system: You are a helpful assistant.
user:
Analyze the provided spectrum to determine if it is a **M-type Giant (gM)**.

A M-type Giant spectrum is defined by its **strong molecular absorption** features, particularly from **Titanium Oxide (TiO)**. You must check for one of the following mutually exclusive signatures:

- **Key Visual Indicators (Absorption-Dominated Spectrum):**

    - **(Primary):** The spectrum is dominated by strong molecular absorption from **Titanium Oxide (TiO)**. This is the **defining feature** of its M-type temperature class.
        - **(Key Bandheads):** Look for sharp, "saw-tooth" absorption valleys. The strongest are located near **~7050 Å**, **~6160 Å**, and **~5170 Å**.
        - **(Line Profile):** The "saw-tooth" morphology is critical: a **sharp, steep drop on the BLUE (short-wavelength) side** of the bandhead, followed by a gradual recovery (rising flux) towards the RED (long-wavelength) side.

    - **(Key Confirmation - Giant vs. Dwarf):** **ABSENCE** of strong **Calcium Hydride (CaH)** molecular bands. This is the primary diagnostic for *excluding* M-dwarfs.
        - **(Key Region):** The spectrum should lack the strong, broad absorption band seen in dwarfs between **~6800 Å and ~7000 Å**.

    - **(Secondary Confirmation - Giant):** A very strong and broad **Neutral Calcium (Ca I)** atomic absorption line.
        - **(Key Line):** Located at **~4226 Å**. In a giant (gM), this line is significantly deeper and broader than the same line in an M-dwarf (dM) due to low surface gravity.

    - **(Overall Spectrum):**
        - The continuum is **extremely red-sloping** (i.e., flux is very low in the blue and rises dramatically towards the red).
        - The entire spectrum appears "chopped up" by the deep TiO bands.

Think first, call **spectral_visualization_tool** if needed to examine features in detail, then provide your final answer. Your response must adhere to the following strict rules:
1.  **Overall Structure:** Your response must follow the format `<think>...</think> <tool_call>...</tool_call> (if a tool is used) <answer>...</answer>`.
2.  **Tool Usage Constraint:** You may only make **one** tool call per turn.
3.  **Final Answer Format:** In the `<answer>` tag, your conclusion must be inside a `\boxed{}` command (e.g., `\boxed{YES}` or `\boxed{NO}`), followed by your justification.

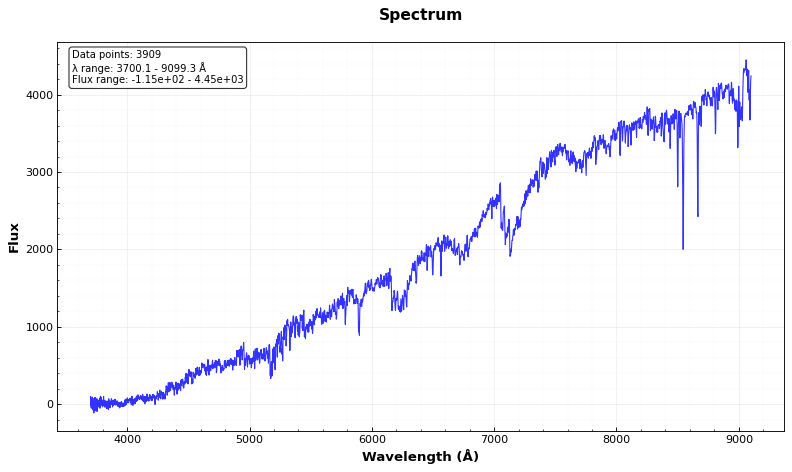
Answer: YES